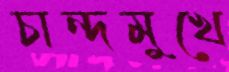
চান্দমুখে